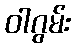
ဝါဂွမ်း